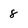
Character: 8